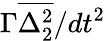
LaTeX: \Gamma\overline{{\Delta_{2}^{2}}}/dt^{2}